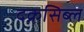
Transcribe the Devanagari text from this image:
दक्रसिब्ल